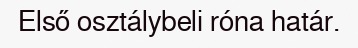
Első osztálybeli róna határ.